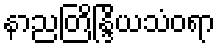
နာညတြိန္ဒြိယသံဝရာ